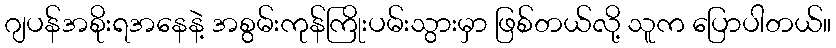
ဂျပန်အစိုးရအနေနဲ့ အစွမ်းကုန်ကြိုးပမ်းသွားမှာ ဖြစ်တယ်လို့ သူက ပြောပါတယ်။